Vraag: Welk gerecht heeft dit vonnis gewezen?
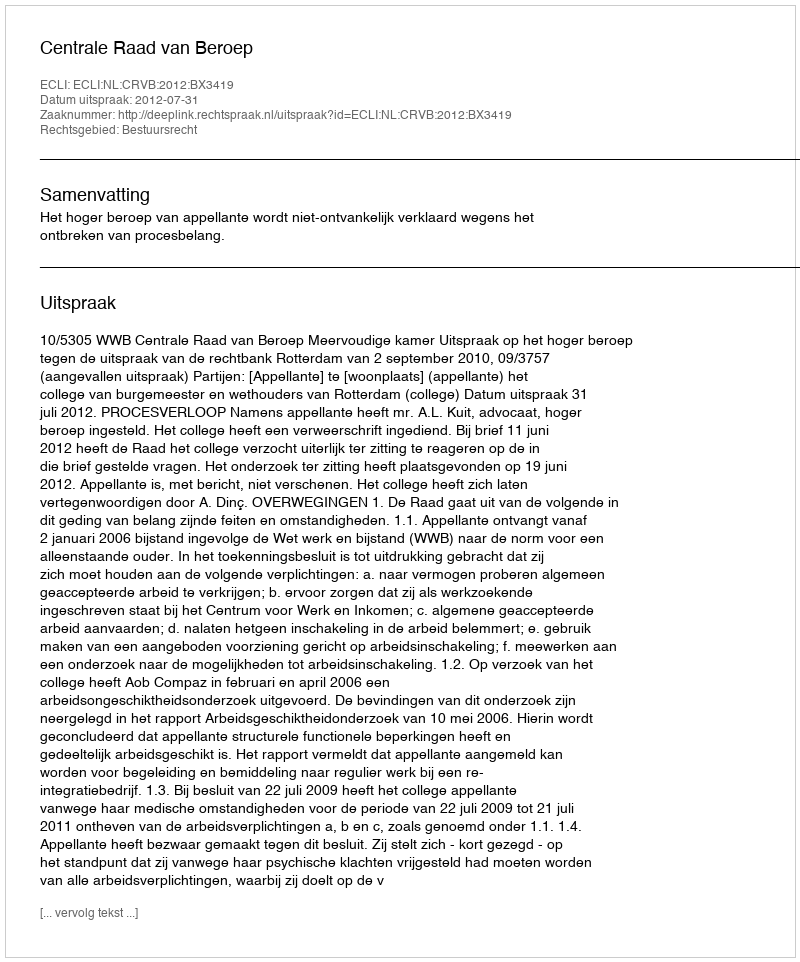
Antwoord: Centrale Raad van Beroep